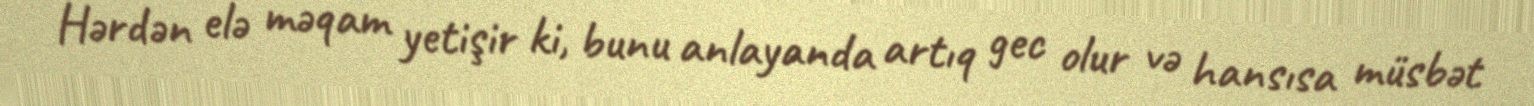
Hərdən elə məqam yetişir ki, bunu anlayanda artıq gec olur və hansısa müsbət